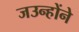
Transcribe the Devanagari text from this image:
जउन्होंने